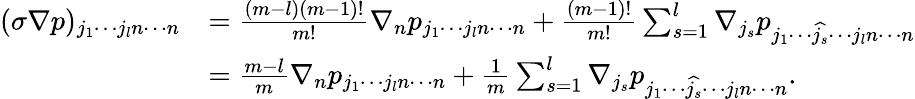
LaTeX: \begin{array}{rl}{(\sigma\nabla p)_{j_{1}\cdots j_{l}n\cdots n}}&{=\frac{(m-l)(m-1)!}{m!}\nabla_{n}p_{j_{1}\cdots j_{l}n\cdots n}+\frac{(m-1)!}{m!}\sum_{s=1}^{l}\nabla_{j_{s}}p_{j_{1}\cdots\widehat{j_{s}}\cdots j_{l}n\cdots n}}\\ &{=\frac{m-l}{m}\nabla_{n}p_{j_{1}\cdots j_{l}n\cdots n}+\frac{1}{m}\sum_{s=1}^{l}\nabla_{j_{s}}p_{j_{1}\cdots\widehat{j_{s}}\cdots j_{l}n\cdots n}.}\end{array}